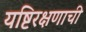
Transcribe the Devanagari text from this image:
यष्टिरक्षणाची